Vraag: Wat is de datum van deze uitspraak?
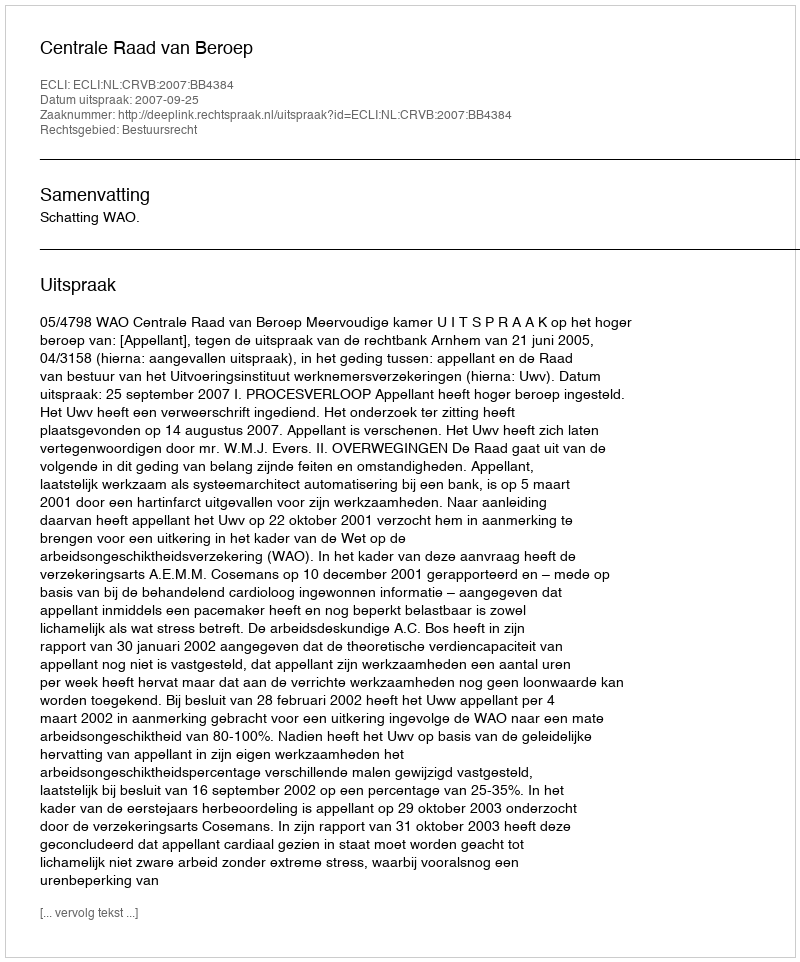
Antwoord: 2007-09-25